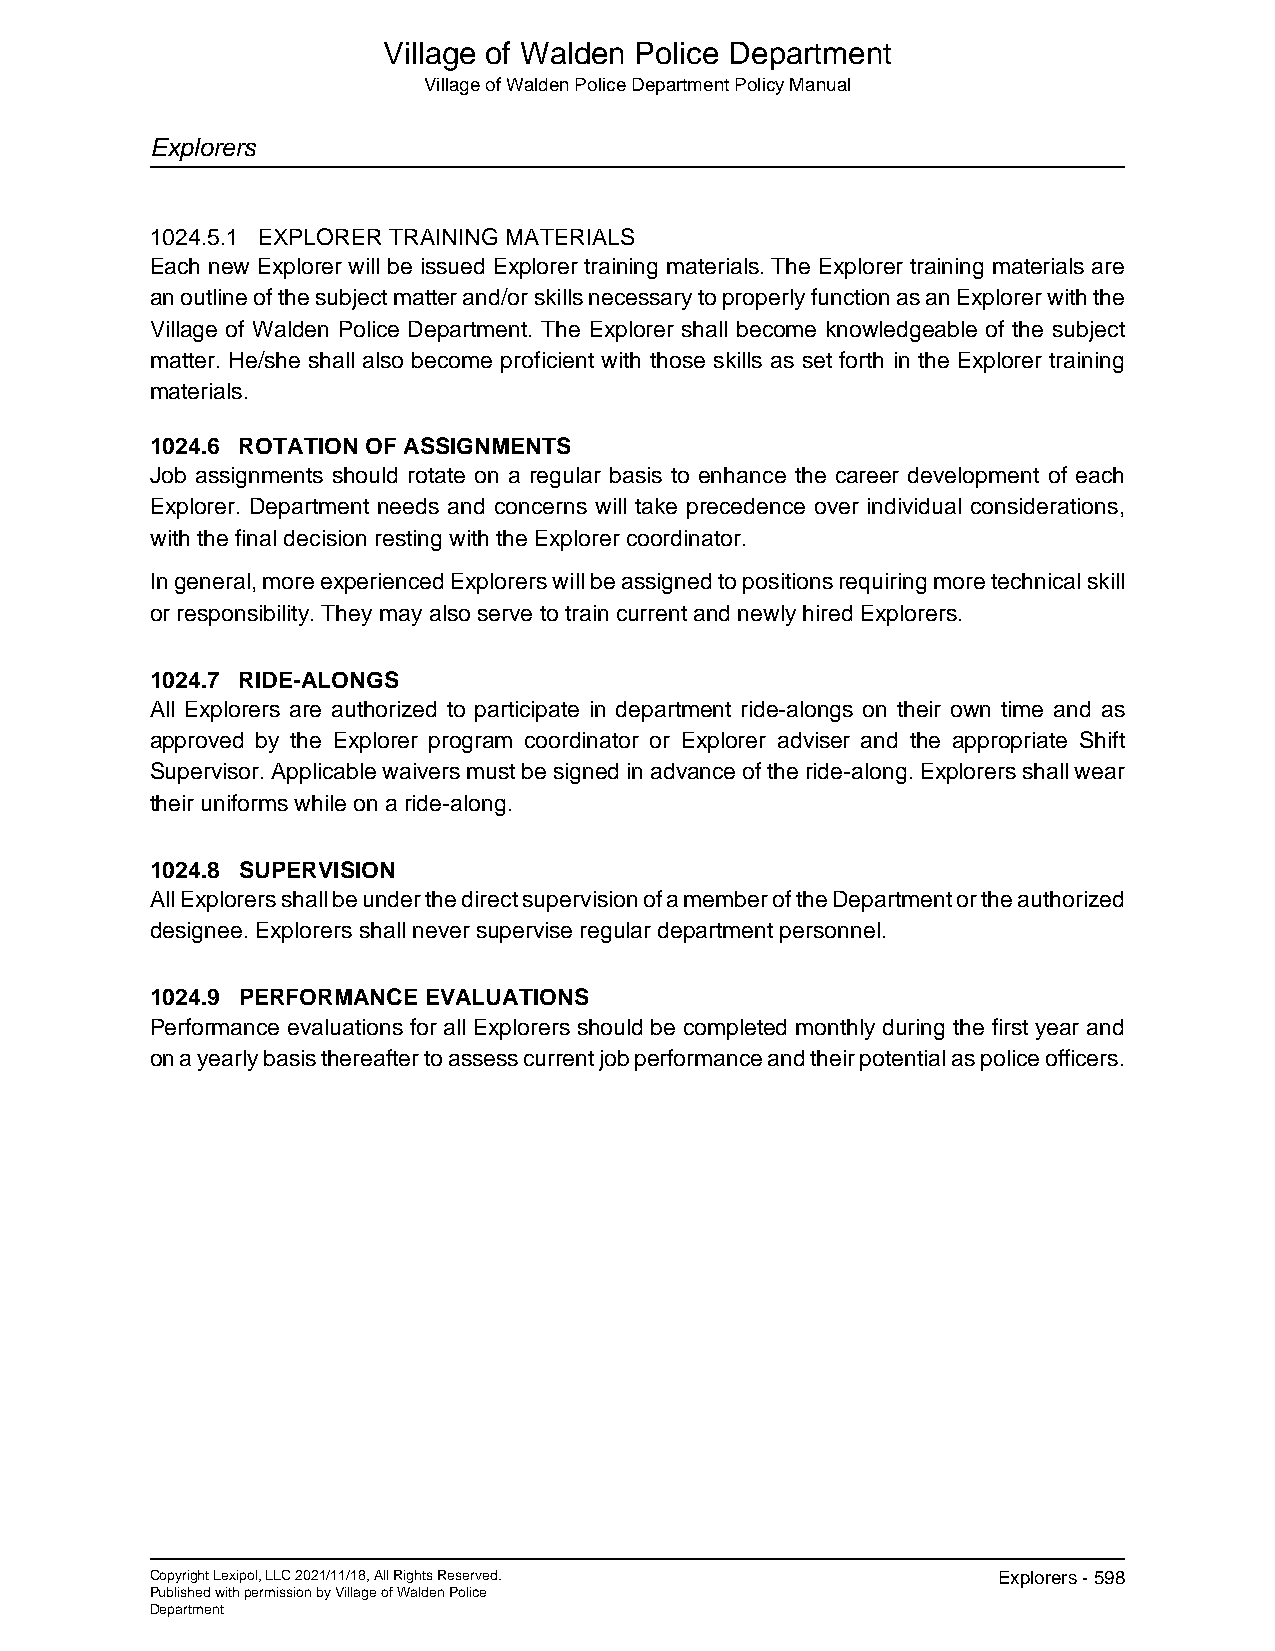
Village of Walden Police Department
 Village of Walden Police Department Policy Manual
 Explorers
 1024.5.1 EXPLORER TRAINING MATERIALS
 Each new Explorer will be issued Explorer training materials. The Explorer training materials are
 an outline of the subject matter and/or skills necessary to properly function as an Explorer with the
 Village of Walden Police Department. The Explorer shall become knowledgeable of the subject
 matter. He/she shall also become proficient with those skills as set forth in the Explorer training
 materials.
 1024.6 ROTATION OF ASSIGNMENTS
 Job assignments should rotate on a regular basis to enhance the career development of each
 Explorer. Department needs and concerns will take precedence over individual considerations,
 with the final decision resting with the Explorer coordinator.
 In general, more experienced Explorers will be assigned to positions requiring more technical skill
 or responsibility. They may also serve to train current and newly hired Explorers.
 1024.7 RIDE-ALONGS
 All Explorers are authorized to participate in department ride-alongs on their own time and as
 approved by the Explorer program coordinator or Explorer adviser and the appropriate Shift
 Supervisor. Applicable waivers must be signed in advance of the ride-along. Explorers shall wear
 their uniforms while on a ride-along.
 1024.8 SUPERVISION
 All Explorers shall be under the direct supervision of a member of the Department or the authorized
 designee. Explorers shall never supervise regular department personnel.
 1024.9 PERFORMANCE EVALUATIONS
 Performance evaluations for all Explorers should be completed monthly during the first year and
 on a yearly basis thereafter to assess current job performance and their potential as police officers.
 Copyright Lexipol, LLC 2021/11/18, All Rights Reserved. Explorers - 598
 Published with permission by Village of Walden Police
 Department